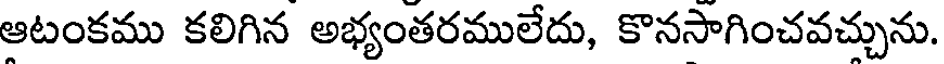
ఆటంకము కలిగిన అభ్యంతరములేదు, కొనసాగించవచ్చును.